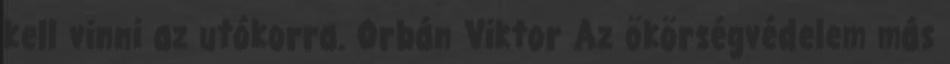
kell vinni az utókorra. Orbán Viktor Az ökörségvédelem más